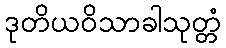
ဒုတိယဝိသာခါသုတ္တံ